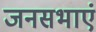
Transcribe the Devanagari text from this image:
जनसभाएं